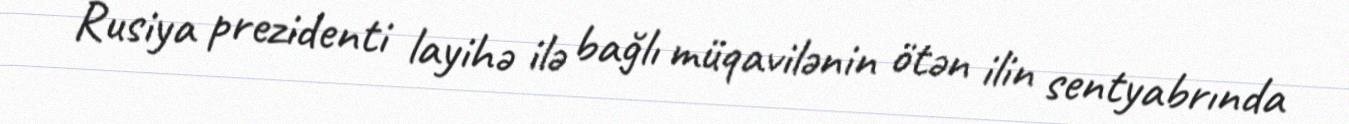
Rusiya prezidenti layihə ilə bağlı müqavilənin ötən ilin sentyabrında